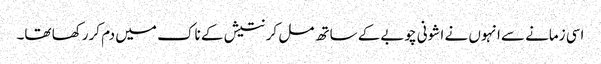
اسی زمانے سےانہوں نے ا شونی چوبےکے ساتھ مل کر نتیش کے ناک میں دم کررکھا تھا۔